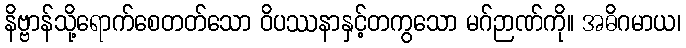
နိဗ္ဗာန်သို့ရောက်စေတတ်သော ဝိပဿနာနှင့်တကွသော မဂ်ဉာဏ်ကို။ အဓိဂမာယ၊